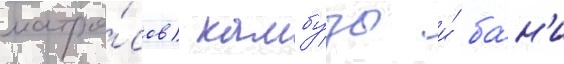
матро́сов) камбузы и́ ба́н'и